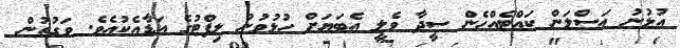
އުޅުނު އަސްލަން ކައްޓެއްހެން ސީދާ ވެލީ އެބަޔަށް ހުޅުވުނު ލިފްޓުގެ އަޑާއެކުއެވެ. ވަގުތުން